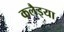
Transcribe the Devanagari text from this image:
कलैइया